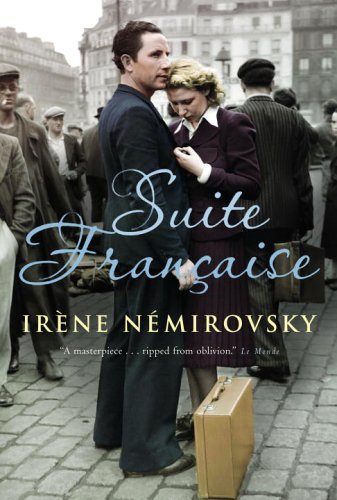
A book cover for Suite Francaise; Irene Nemirovsky; Literature & Fiction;